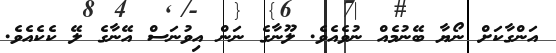
އަންގާކަށް ނޯޔާ ބޭނުމެއް ނުވެއެވެ. ލޫނާގެ ނަން އިވުނަސް އޭނާގެ ލޭ ކެކެއެވެ.